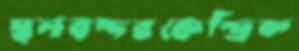
স্থলবন্দরকেন্দ্রিক